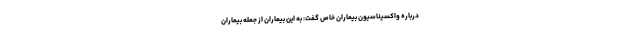
درباره واکسیناسیون بیماران خاص گفت: به این بیماران از جمله بیماران